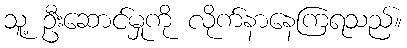
သူ့ ဦးဆောင်မှုကို လိုက်နာနေကြရသည်။